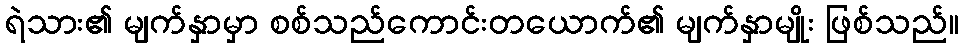
ရဲသား၏ မျက်နှာမှာ စစ်သည်ကောင်းတယောက်၏ မျက်နှာမျိုး ဖြစ်သည်။